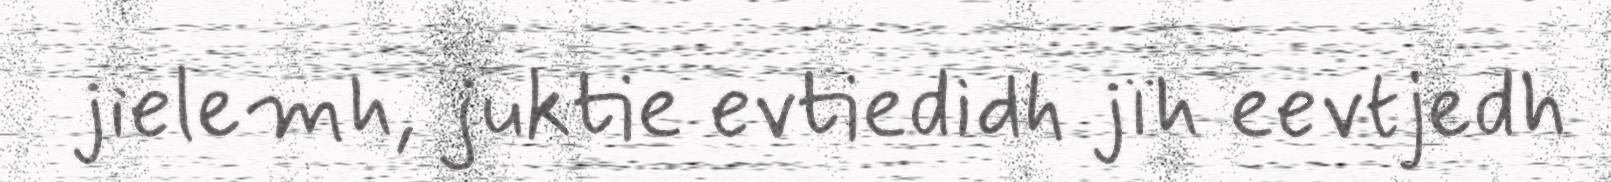
jielemh, juktie evtiedidh jïh eevtjedh